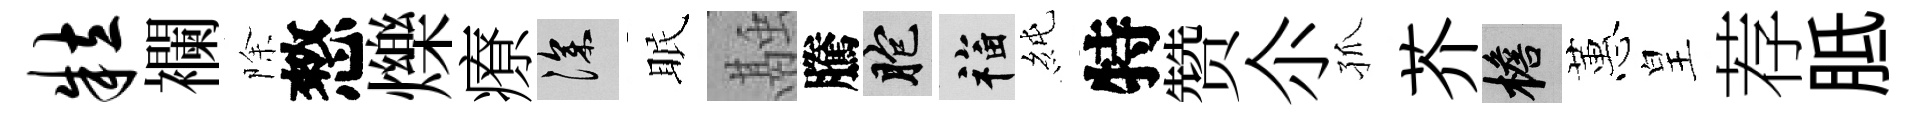
粒襴除憗爍療深眠融騰胞福純特赞尒孤芥檐蕙皇荐胝